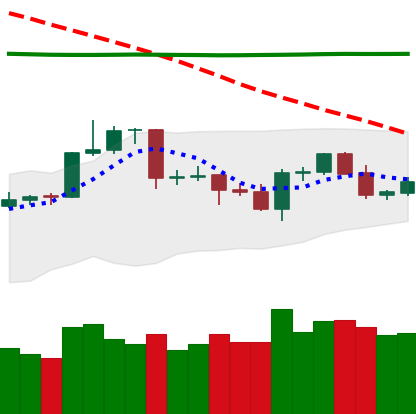
Ticker: LTC-USD
Chart end date: 2020-04-22
Forward return: 6.739%
Label: up_5_7